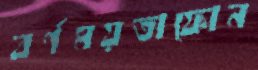
বর্ণময়তাফোন